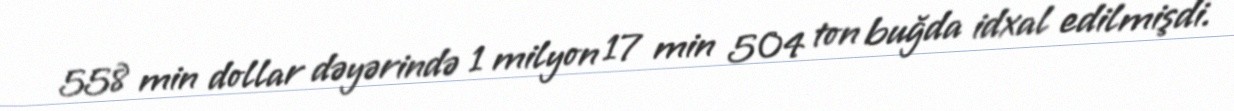
558 min dollar dəyərində 1 milyon 17 min 504 ton buğda idxal edilmişdi.